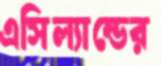
এসিল্যান্ডের